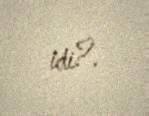
idi?.